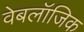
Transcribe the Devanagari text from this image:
वेबलॉजिक